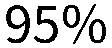
95%